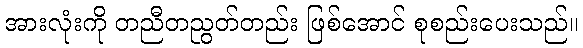
အားလုံးကို တညီတညွတ်တည်း ဖြစ်အောင် စုစည်းပေးသည်။